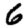
Digit: 6